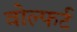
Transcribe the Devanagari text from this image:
वोल्फर्ट